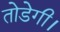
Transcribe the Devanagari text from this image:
तोडेगी।